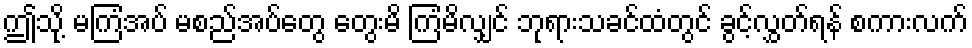
ဤသို့ မကြံအပ် မစည်အပ်တွေ တွေးမိ ကြံမိလျှင် ဘုရားသခင်ထံတွင် ခွင့်လွှတ်ရန် စကားလက်